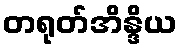
တရုတ်အိန္ဒိယ